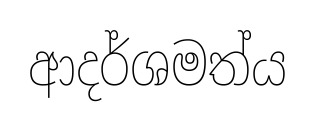
ආදර්ශමත්ය